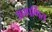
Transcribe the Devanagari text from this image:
अपपर्णित